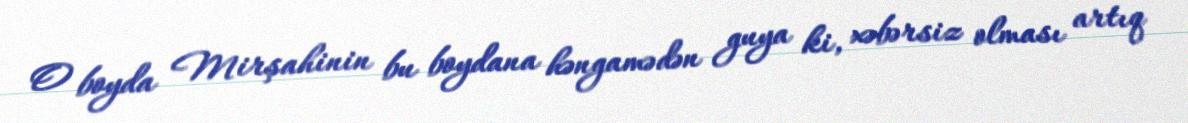
O boyda Mirşahinin bu boydana həngamədən guya ki, xəbərsiz olması artıq